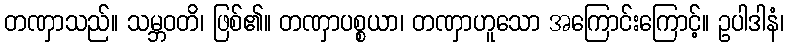
တဏှာသည်။ သမ္ဘဝတိ၊ ဖြစ်၏။ တဏှာပစ္စယာ၊ တဏှာဟူသော အကြောင်းကြောင့်။ ဥပါဒါနံ၊